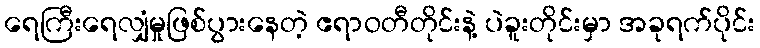
ရေကြီးရေလျှံမှုဖြစ်ပွားနေတဲ့ ဧရာဝတီတိုင်းနဲ့ ပဲခူးတိုင်းမှာ အခုရက်ပိုင်း